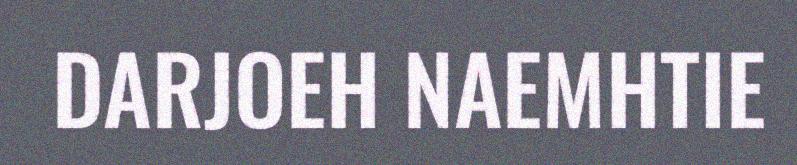
DARJOEH NAEMHTIE